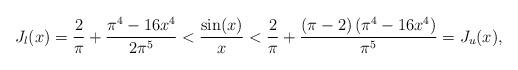
LaTeX: \begin{align*}J_l(x)=\frac{2}{\pi }+\frac{\pi ^4-16 x^4}{2\pi^5}<\frac{\sin(x)}{x}<\frac{2}{\pi }+\frac{(\pi -2) \left(\pi ^4-16 x^4\right)}{\pi^5}=J_u(x),\end{align*}